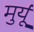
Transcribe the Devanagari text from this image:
मुर्यू